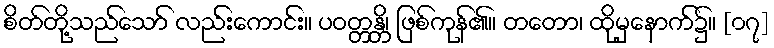
စိတ်တို့သည်သော် လည်းကောင်း။ ပဝတ္တန္တိ၊ ဖြစ်ကုန်၏။ တတော၊ ထိုမှနောက်၌။ [၀၇]